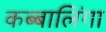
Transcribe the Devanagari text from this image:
कब्बालिंगा